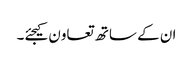
ان کے ساتھ تعاون کیجئے۔